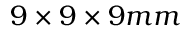
9 \times 9 \times 9 m m